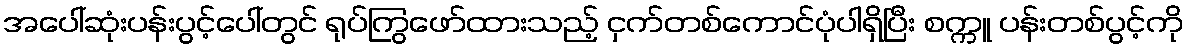
အပေါ်ဆုံးပန်းပွင့်ပေါ်တွင် ရုပ်ကြွဖော်ထားသည့် ငှက်တစ်ကောင်ပုံပါရှိပြီး စက္ကူ ပန်းတစ်ပွင့်ကို